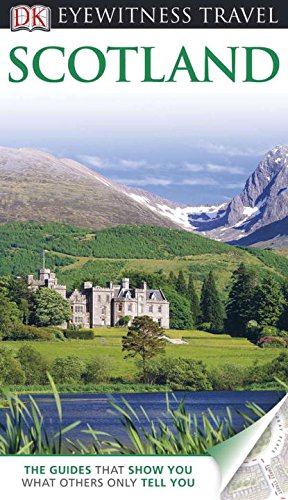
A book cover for DK Eyewitness Travel Guide: Scotland; Sandie Randall; Travel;